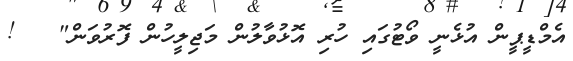
އެމްޑީޕީން އުޅެނީ ވޯޓުގައި ހުރި އޮޅުވާލުން މަޖިލީހުން ފޮރުވަން"   !